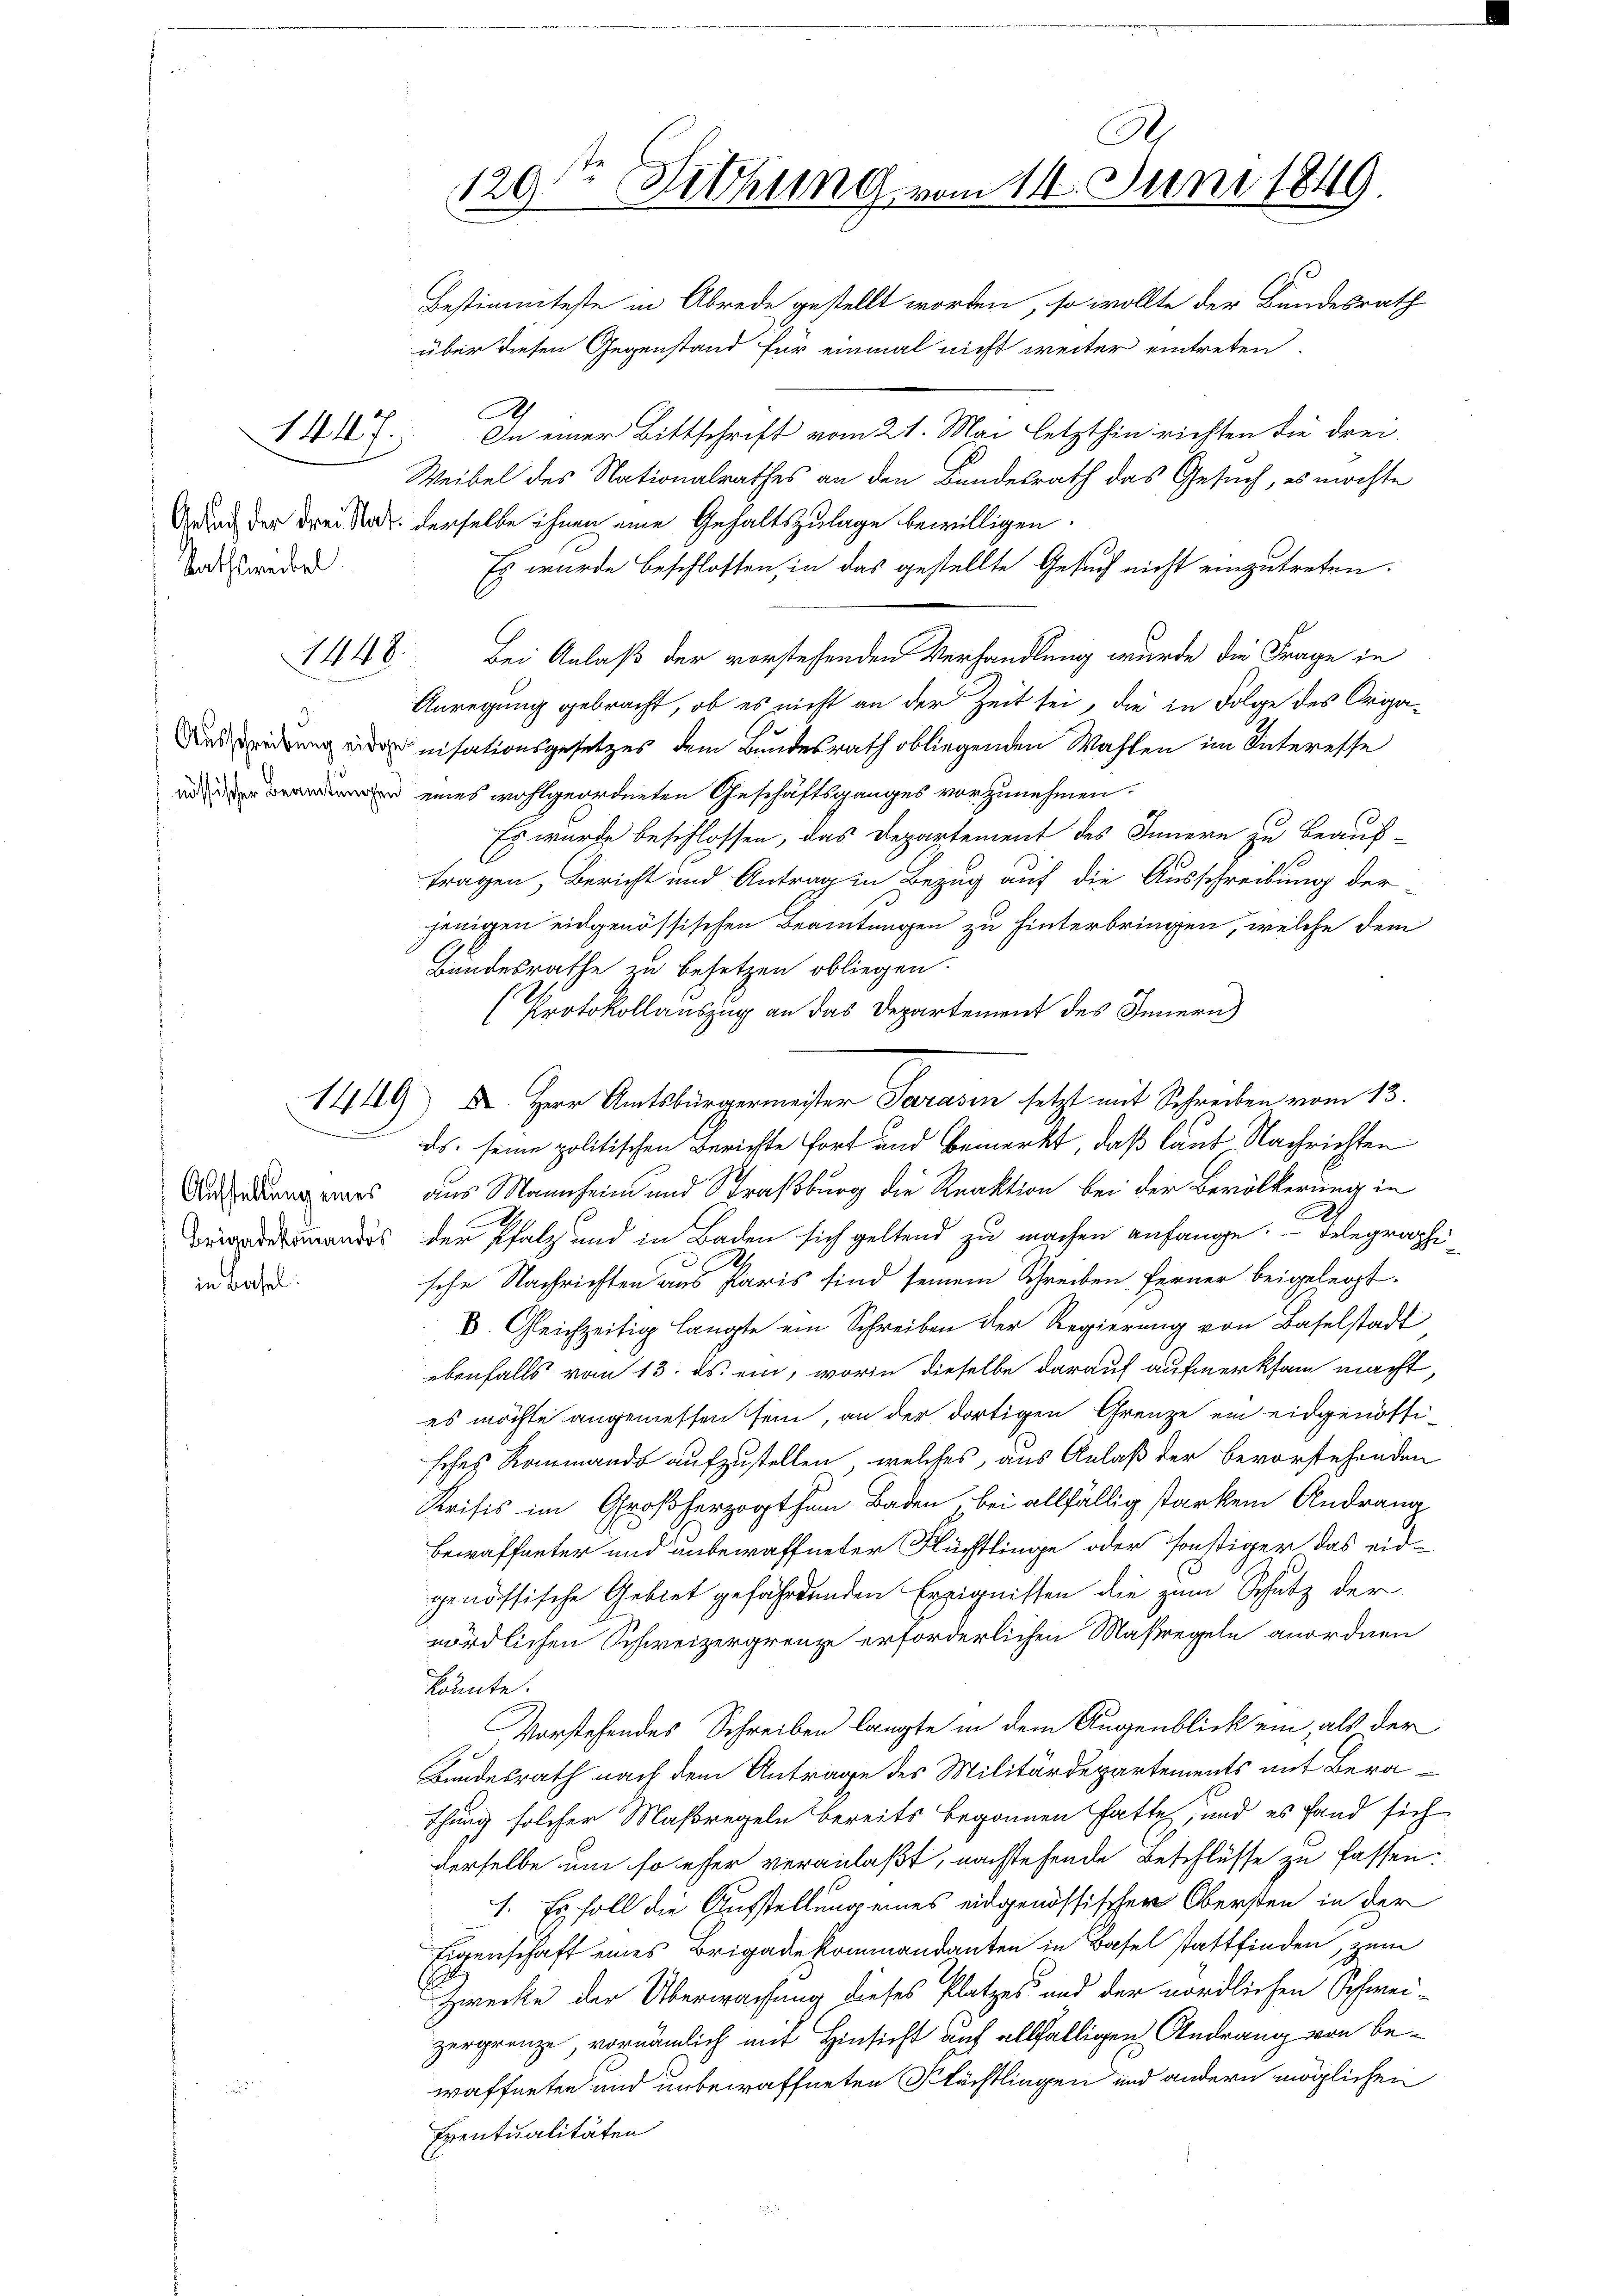
Rathsweibel.

1447.

1448.

3.

.

in Basel

Bestimmteste in Abrede gestellt worden, so wollte der Bundesrath
über diesen Gegenstand für einmal nicht weiter eintreten.
Ah
In einer Bittschrift vom 21. Mai letzthin richten die drei
Weibel des Nationalrathes an den Bundesrath das Gesuch, es möchte
Grund der drei Stadt derselbe ihnen eine Gehaltszulage bewilligen.
Es wurde beschlossen, in das gestellte Gesuch nicht einzutreten:
Bei Anlaß der vorstehenden Verhandlung wurde die Frage in
Anregung gebracht, ob es nicht an der Zeit sei, die in Folge des Origa¬
Denung einisationsgesetzes dem Bundesrath obliegenden Wahlen im Interesse
 eines wohlgeordneten Geschäftsganges vorzunehmen.
Es wurde beschlossen, das Departement des Innern zu beauf-
tragen, Bericht und Antrag in Bezug auf die Ausschreibung der-
jenigen eidgenössischen Beamtungen zu hinterbringen, welche dem
Bundesrathe zu besetzen obliegen.
(Protokollauszug an das Departement des Innern
ds. seine politischen Berichte fort und bemerkt, daß laut Nachrichten
s, aus Mannheim und Straßburg die Reaktion bei der Bevölkerung in
s der Pfalz und in Baden sich geltend zu machen anfange. — Delegraphische Nachrichten aus Paris sind seinem Schreiben ferner beigelegt.
6. Gleichzeitig langte ein Schreiben der Regierung von Baselstadt
ebenfalls vom 13. ds. ein, worin dieselbe darauf aufmerksam macht,
es möchte angemessen sein, an der dortigen Grenze ein eidgenössi-
sches Kommando aufzustellen, welches, aus Anlaß der bevorstehenden
Krisis im Großherzogthum Baden, bei allfällig starkem Andrang
bewaffneter und unbewaffneter Flüchtlinge oder sonstiger das eid-
genössische Gebiet gefährdenden Ereignissen die zum Schutz der
wördlichen Schweizergrenze erforderlichen Maßregeln anordnen
kannte.
Vorstehendes Schreiben langte in dem Augenblick ein, als der
Bundesrath nach dem Antrage des Militärdepartements mit Berathung solcher Maßregeln bereits begonnen hatte, und es fand sich
derselbe um so eher veranlaßt, nachstehende Beschlüsse zu fassen:
1. Es soll die Aufstellung eines eidgenössischer Obersten in der
Eigenschaft eines Brigade kommandanten in Basel stattfinden, zum
Zwecke der Überwachung dieses Platzes und der nördlichen Schwei-
zergrenze, vornämlich mit Hinsicht auf allfälligen Andrang von bewaffneten und unbewaffneten Stächtlingen und andern möglichen
Eventualitäten

A.
120t Sitzung vom 14. Juni 1849

1449 I. Herr Amtsbürgermeister Sarasen setzt mit Schreiben vom 13.